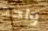
واحد